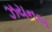
ઝયનબ